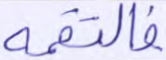
فالتقمه